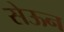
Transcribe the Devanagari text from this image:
सेऊन